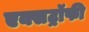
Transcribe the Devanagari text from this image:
एक्सट्रॉफी